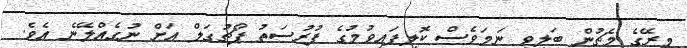
މިރޭގެ މެޗުން ބަލިވި ނަމަވެސް ކޮލިފައިވުމުގެ ފުރުސަތު ޕޯޗުގަލް އަށް ނުގެއްލޭނެ އެވެ.